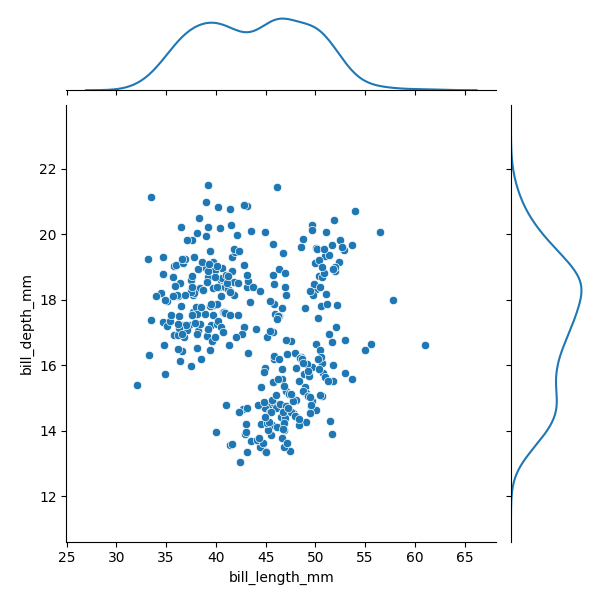
python, seaborn, JointGrid, scatterplot, kdeplot